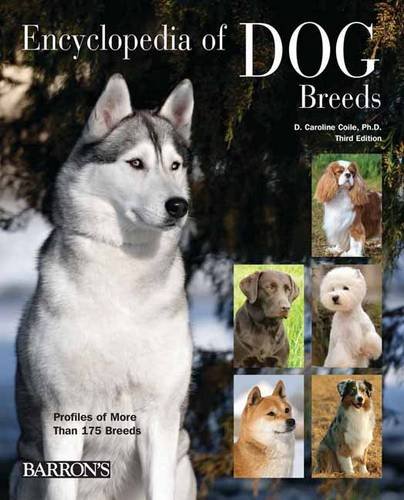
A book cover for Encyclopedia of Dog Breeds; D. Caroline Coile Ph.D.; Crafts, Hobbies & Home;